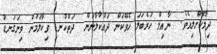
ދިމާކޮށްލިއެވެ.  ނާއިލް ހުރެބަލަ ހެވޭކަން ދައްކާލާނަން  ދަތްކުނޑި ވިކާލަމުން ވިނަގަނޑު